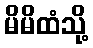
မိမိထံသို့